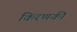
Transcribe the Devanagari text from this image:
किरणकी